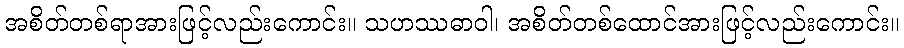
အစိတ်တစ်ရာအားဖြင့်လည်းကောင်း။ သဟဿဓာဝါ၊ အစိတ်တစ်ထောင်အားဖြင့်လည်းကောင်း။